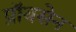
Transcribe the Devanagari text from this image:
प्रॉयसेन